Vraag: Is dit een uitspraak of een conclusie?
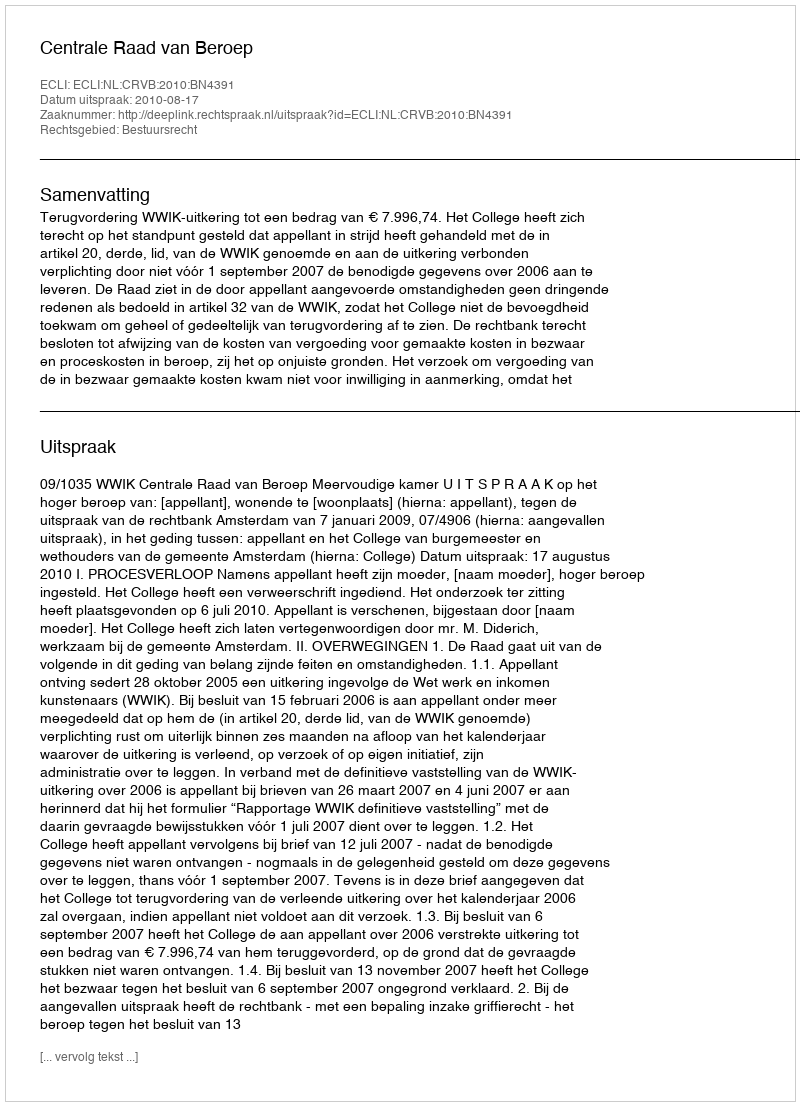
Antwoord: Uitspraak